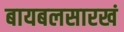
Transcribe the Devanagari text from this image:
बायबलसारखं